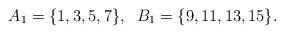
LaTeX: \begin{align*}A_1=\{1,3,5,7\}, \;\; B_1=\{9,11,13,15\}.\end{align*}